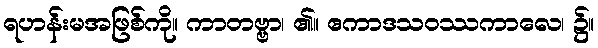
ရဟန်းမအဖြစ်ကို။ ကာတဗ္ဗာ၊ ၏။ ဧကာဒသဝဿကာလေ၊ ၌။